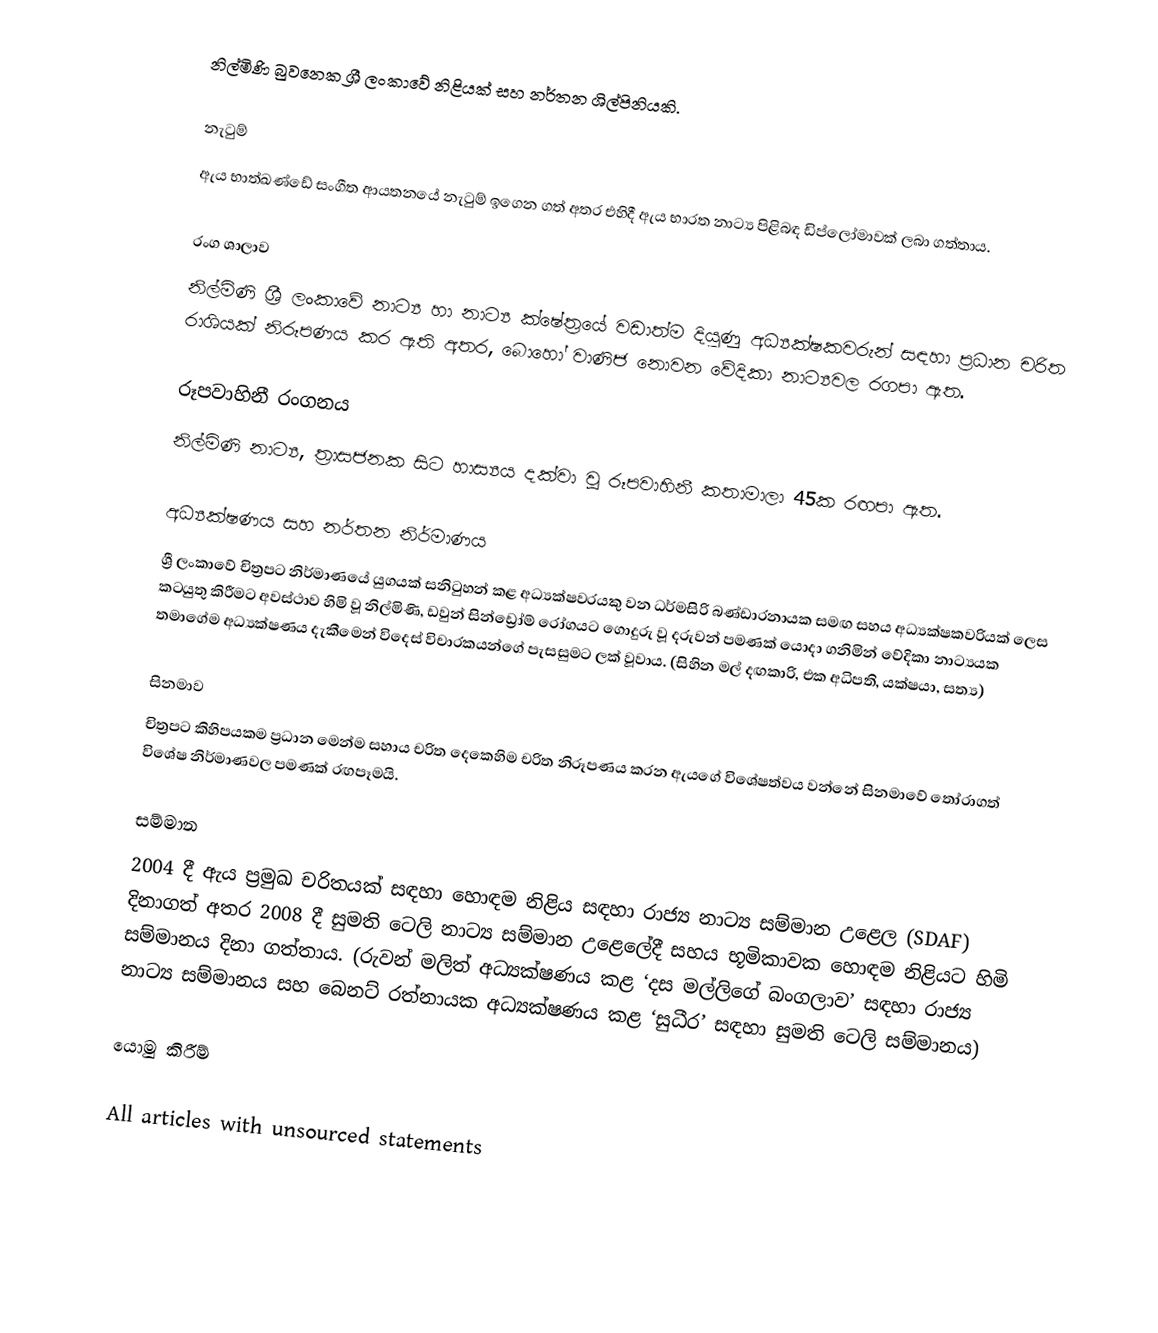
නිල්මිණි බුවනෙක ශ්‍රී ලංකාවේ නිළියක් සහ නර්තන ශිල්පිනියකි.

නැටුම්
ඇය භාත්ඛණ්ඩේ සංගීත ආයතනයේ නැටුම් ඉගෙන ගත් අතර එහිදී ඇය භාරත නාට්‍ය පිළිබඳ ඩිප්ලෝමාවක් ලබා ගත්තාය.

රංග ශාලාව
නිල්මිණි ශ්‍රී ලංකාවේ නාට්‍ය හා නාට්‍ය ක්ෂේත්‍රයේ වඩාත්ම දියුණු අධ්‍යක්ෂකවරුන් සඳහා ප්‍රධාන චරිත රාශියක් නිරූපණය කර ඇති අතර, බොහෝ වාණිජ නොවන වේදිකා නාට්‍යවල රගපා ඇත.

රූපවාහිනී රංගනය
නිල්මිණි නාට්‍ය, ත්‍රාසජනක සිට හාස්‍යය දක්වා වූ රූපවාහිනී කතාමාලා 45ක රඟපා ඇත.

අධ්‍යක්ෂණය සහ නර්තන නිර්මාණය
ශ්‍රී ලංකාවේ චිත්‍රපට නිර්මාණයේ යුගයක් සනිටුහන් කළ අධ්‍යක්ෂවරයකු වන ධර්මසිරි බණ්ඩාරනායක සමඟ සහය අධ්‍යක්ෂකවරියක් ලෙස කටයුතු කිරීමට අවස්ථාව හිමි වූ නිල්මිණි, ඩවුන් සින්ඩ්‍රෝම් රෝගයට ගොදුරු වූ දරුවන් පමණක් යොදා ගනිමින් වේදිකා නාට්‍යයක තමාගේම අධ්‍යක්ෂණය දැකීමෙන් විදෙස් විචාරකයන්ගේ පැසසුමට ලක් වූවාය. (සිහින මල් දඟකාරි, එක අධිපති,  යක්ෂයා, සත්‍ය)

සිනමාව
චිත්‍රපට කිහිපයකම ප්‍රධාන මෙන්ම සහාය චරිත දෙකෙහිම චරිත නිරූපණය කරන ඇයගේ විශේෂත්වය වන්නේ සිනමාවේ තෝරාගත් විශේෂ නිර්මාණවල පමණක් රඟපෑමයි.

සම්මාන
2004 දී ඇය ප්‍රමුඛ චරිතයක් සඳහා හොඳම නිළිය සඳහා රාජ්‍ය නාට්‍ය සම්මාන උළෙල (SDAF) දිනාගත් අතර 2008 දී සුමති ටෙලි නාට්‍ය සම්මාන උළෙලේදී සහය භූමිකාවක හොඳම නිළියට හිමි සම්මානය දිනා ගත්තාය. (රුවන් මලිත් අධ්‍යක්ෂණය කළ ‘දස මල්ලිගේ බංගලාව’ සඳහා රාජ්‍ය නාට්‍ය සම්මානය සහ බෙනට් රත්නායක අධ්‍යක්ෂණය කළ ‘සුධීර’ සඳහා සුමති ටෙලි සම්මානය)

යොමු කිරීම්

All articles with unsourced statements